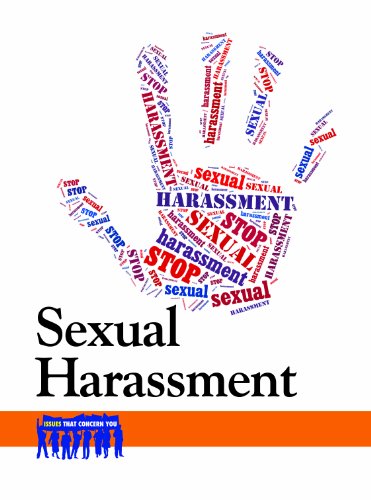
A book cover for Sexual Harassment (Issues That Concern You); Arthur Gillard; Teen & Young Adult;